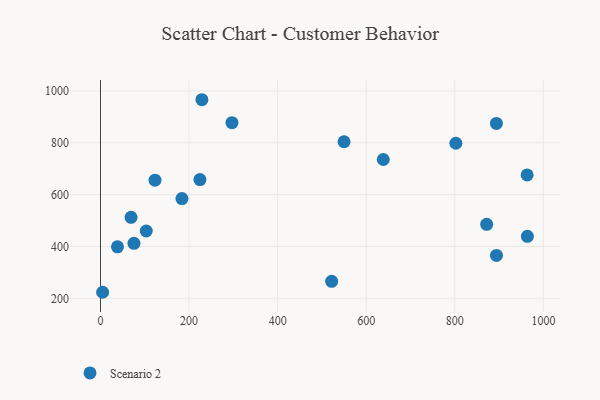
{"axis": {"x": "Investment", "y": "Yield"}, "legend": ["Scenario 2"], "data": [{"x": "183.9", "y": 584.7, "type": "Scenario 2"}, {"x": "521.9", "y": 265.6, "type": "Scenario 2"}, {"x": "123.0", "y": 655.7, "type": "Scenario 2"}, {"x": "75.5", "y": 412.3, "type": "Scenario 2"}, {"x": "963.3", "y": 676.2, "type": "Scenario 2"}, {"x": "4.8", "y": 223.3, "type": "Scenario 2"}, {"x": "638.5", "y": 735.6, "type": "Scenario 2"}, {"x": "69.0", "y": 512.6, "type": "Scenario 2"}, {"x": "38.3", "y": 398.7, "type": "Scenario 2"}, {"x": "871.9", "y": 485.5, "type": "Scenario 2"}, {"x": "893.9", "y": 874.7, "type": "Scenario 2"}, {"x": "802.3", "y": 798.3, "type": "Scenario 2"}, {"x": "549.9", "y": 804.0, "type": "Scenario 2"}, {"x": "963.8", "y": 439.1, "type": "Scenario 2"}, {"x": "894.0", "y": 365.5, "type": "Scenario 2"}, {"x": "103.3", "y": 459.8, "type": "Scenario 2"}, {"x": "296.8", "y": 877.8, "type": "Scenario 2"}, {"x": "224.5", "y": 658.1, "type": "Scenario 2"}, {"x": "229.0", "y": 966.2, "type": "Scenario 2"}]}